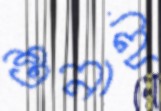
শুনাই